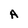
Character: A